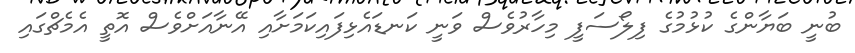
ބުނީ ބަޔާންގެ ކުޅުމުގެ ފިލޯސަފީ މިހާރުވެސް ވަނީ ކަނޑައެޅިފައިކަމަށާއި އޭނާއަށްވެސް އޮތީ އެމެޗްގައި